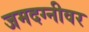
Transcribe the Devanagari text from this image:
जमदग्नीवर